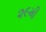
૨૯મી